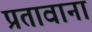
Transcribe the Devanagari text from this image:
प्रतावाना